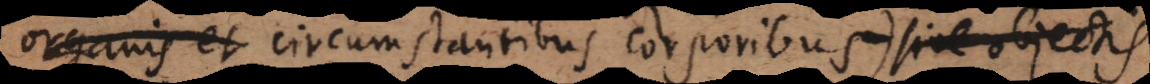
organis et circumstantibus corporibus sive objectis